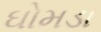
ઘોમડા